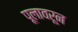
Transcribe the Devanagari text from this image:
पूलावरून